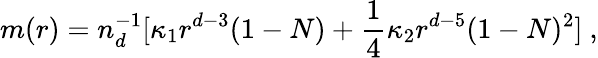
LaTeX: m(r)=n_{d}^{-1}[\kappa_{1}r^{d-3}(1-N)+\frac 14\kappa_{2}r^{d-5}(1-N)^{2}]\ ,